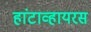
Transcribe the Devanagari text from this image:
हांटाव्हायरस